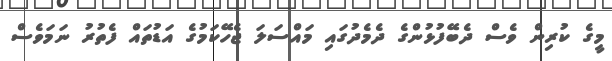
މީގެ ކުރިން ވެސް ދެބޭފުޅުންގެ ދެމެދުގައި މައްސަލަ ޖެހޭކަމުގެ އަޑުތައް ފެތުރު ނަމަވެސް